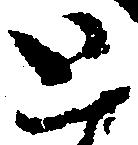
と